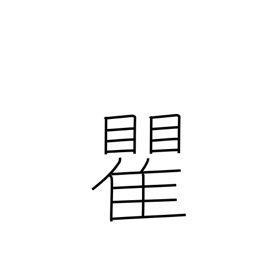
Meaning: surname